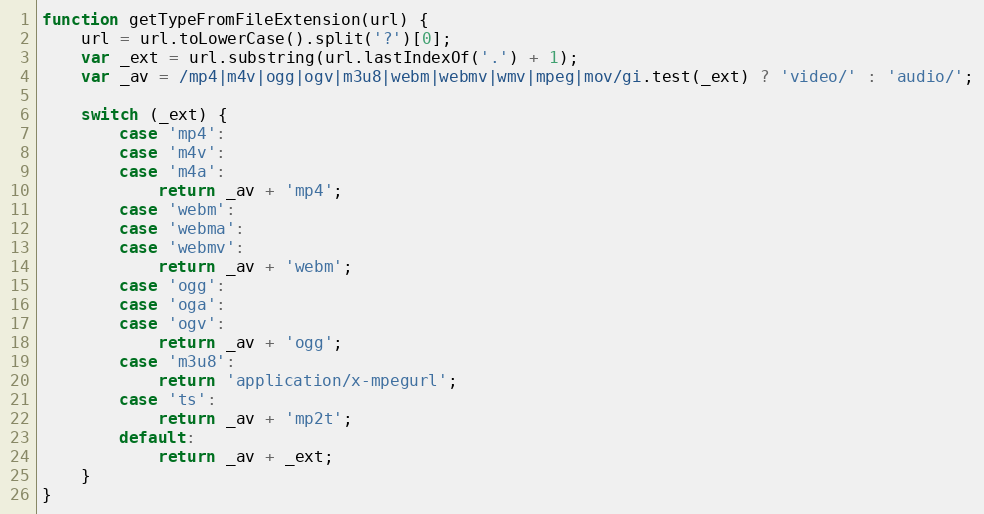
Language: JavaScript
function getTypeFromFileExtension(url) {
	url = url.toLowerCase().split('?')[0];
	var _ext = url.substring(url.lastIndexOf('.') + 1);
	var _av = /mp4|m4v|ogg|ogv|m3u8|webm|webmv|wmv|mpeg|mov/gi.test(_ext) ? 'video/' : 'audio/';

	switch (_ext) {
		case 'mp4':
		case 'm4v':
		case 'm4a':
			return _av + 'mp4';
		case 'webm':
		case 'webma':
		case 'webmv':
			return _av + 'webm';
		case 'ogg':
		case 'oga':
		case 'ogv':
			return _av + 'ogg';
		case 'm3u8':
			return 'application/x-mpegurl';
		case 'ts':
			return _av + 'mp2t';
		default:
			return _av + _ext;
	}
}